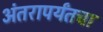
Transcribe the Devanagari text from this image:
अंतरापर्यंतचा